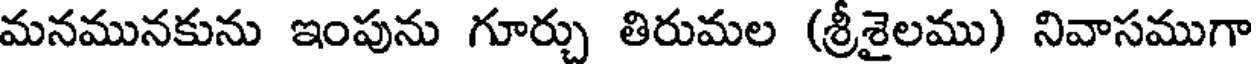
మనమునకును ఇంపును గూర్చు తిరుమల (శ్రీశైలము) నివాసముగా